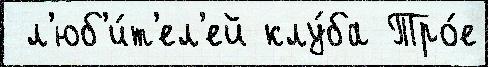
 л'юб'и́т'ел'ей клу́ба Тро́е